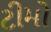
ટીમો